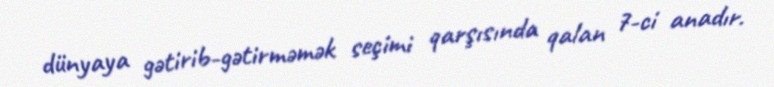
dünyaya gətirib-gətirməmək seçimi qarşısında qalan 7-ci anadır.